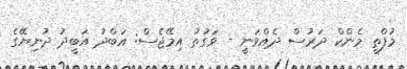
މުފްތީ މެންކް ދަރުސް ދެއްވަނީ - ވަގުތު އިމޭޖެސް: އަބްދު އަބީދު ދުނިޔޭގެ